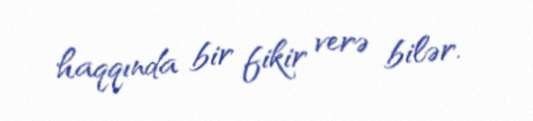
haqqında bir fikir verə bilər.